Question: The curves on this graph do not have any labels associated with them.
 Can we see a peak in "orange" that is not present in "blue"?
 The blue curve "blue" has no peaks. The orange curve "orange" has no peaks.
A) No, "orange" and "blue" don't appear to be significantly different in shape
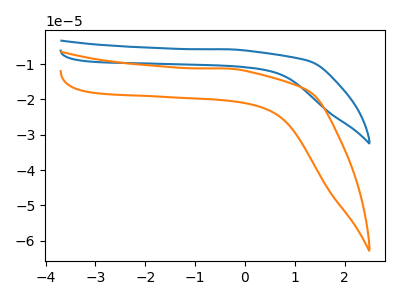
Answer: <think>Neither "orange" or "blue" have any peaks.
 </think>
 <answer>A) No, "orange" and "blue" don't appear to be significantly different in shape</answer>
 <eval>A</eval>